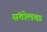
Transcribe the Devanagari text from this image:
संतोलक